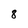
Character: 8